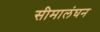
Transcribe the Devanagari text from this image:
सीमालंघन